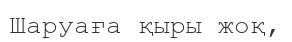
Шаруаға қыры жоқ,